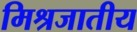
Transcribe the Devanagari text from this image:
मिश्रजातीय